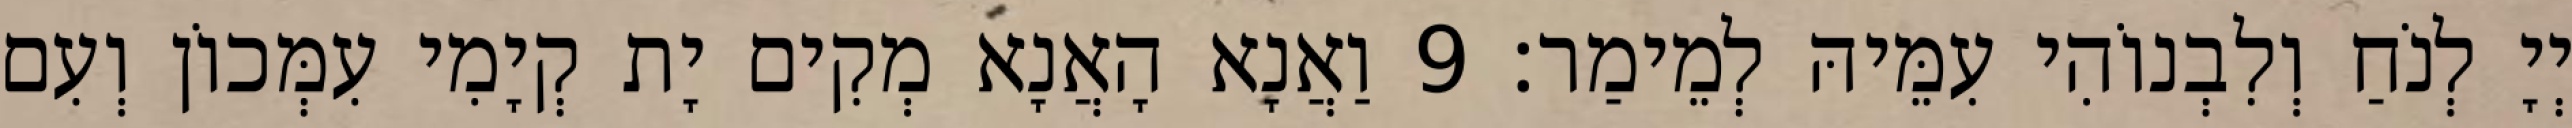
יְיָ לְנֹחַ וְלִבְנוֹהִי עִמֵּיהּ לְמֵימַר׃ 9 וַאֲנָא הָאֲנָא מְקִים יָת קְיָמִי עִמְּכוֹן וְעִם